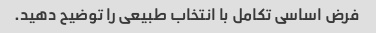
فرض اساسی تکامل با انتخاب طبیعی را توضیح دهید.